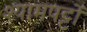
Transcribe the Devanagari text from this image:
श्यामपट्टों